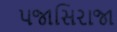
પજાસિરાજા